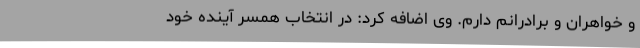
و خواهران و برادرانم دارم. وی اضافه کرد: در انتخاب همسر آینده خود